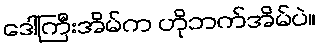
ဒေါ်ကြီးအိမ်က ဟိုဘက်အိမ်ပဲ။